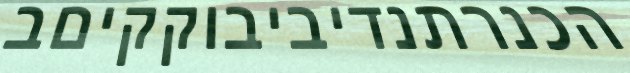
הכנרתנדיביבוקקיםב